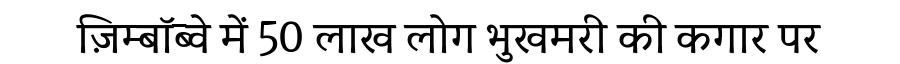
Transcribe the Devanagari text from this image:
ज़िम्बॉब्वे में 50 लाख लोग भुखमरी की कगार पर